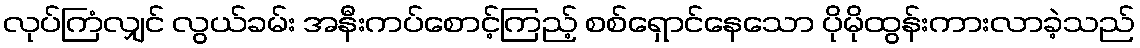
လုပ်ကြံလျှင် လွယ်ခမ်း အနီးကပ်စောင့်ကြည့် စစ်ရှောင်နေသော ပိုမိုထွန်းကားလာခဲ့သည်